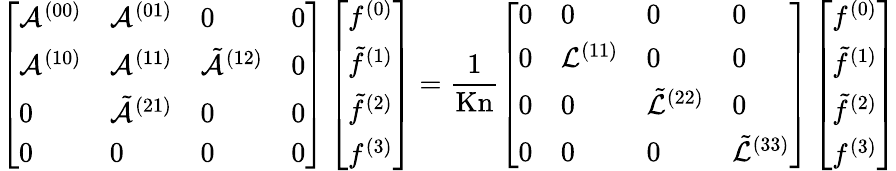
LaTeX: \left[\begin{array}{llll}{\mathcal{A}^{(00)}}&{\mathcal{A}^{(01)}}&{0}&{0}\\ {\mathcal{A}^{(10)}}&{\mathcal{A}^{(11)}}&{\tilde{\mathcal{A}}^{(12)}}&{0}\\ {0}&{\tilde{\mathcal{A}}^{(21)}}&{0}&{0}\\ {0}&{0}&{0}&{0}\end{array}\right]\left[\begin{array}{l}{f^{(0)}}\\ {\tilde{f}^{(1)}}\\ {\tilde{f}^{(2)}}\\ {f^{(3)}}\end{array}\right]=\frac{1}{\mathrm{Kn}}\left[\begin{array}{llll}{0}&{0}&{0}&{0}\\ {0}&{\mathcal{L}^{(11)}}&{0}&{0}\\ {0}&{0}&{\tilde{\mathcal{L}}^{(22)}}&{0}\\ {0}&{0}&{0}&{\tilde{\mathcal{L}}^{(33)}}\end{array}\right]\left[\begin{array}{l}{f^{(0)}}\\ {\tilde{f}^{(1)}}\\ {\tilde{f}^{(2)}}\\ {f^{(3)}}\end{array}\right]